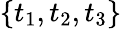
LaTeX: \{ t_{1},t_{2},t_{3}\}